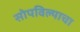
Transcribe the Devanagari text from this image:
सोपविल्याचा